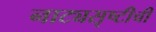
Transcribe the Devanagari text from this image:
नाट्यसृष्टीची